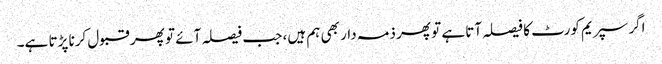
اگر سپریم کورٹ کا فیصلہ آتا ہے تو پھر ذمہ دار بھی ہم ہیں، جب فیصلہ آئے تو پھر قبول کرنا پڑتا ہے۔